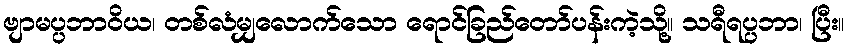
ဗျာမပ္ပဘာဝိယ၊ တစ်လံမျှလောက်သော ရောင်ခြည်တော်ပန်းကဲ့သို့။ သရီရပ္ပဘာ၊ ပြီး။